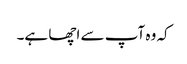
کہ وہ آپ سے اچھا ہے۔